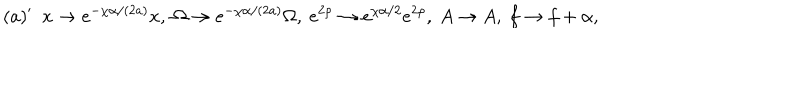
( a ) ^ { \prime } \ \ x \rightarrow e ^ { - \chi \alpha / ( 2 a ) } x , \ \Omega \rightarrow e ^ { - \chi \alpha / ( 2 a ) } \Omega , \ e ^ { 2 \rho } \rightarrow e ^ { \chi \alpha / 2 } e ^ { 2 \rho } , \ A \rightarrow A , \ f \rightarrow f + \alpha ,